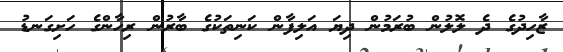
ޒާހިދުގެ ދެ ލޮލުން ބުރަމުން ދިޔަ އަލިފާން ކަނިތަކުގެ ބާރުން ރިހާންގެ ހަށިގަނޑު